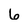
Character: 6